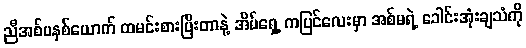
ညီအစ်မနှစ်ယောက် ထမင်းစားပြီးတာနဲ့ အိမ်ရှေ့ ကပြင်လေးမှာ အစ်မရဲ့ ခေါင်းအုံးချသံကို